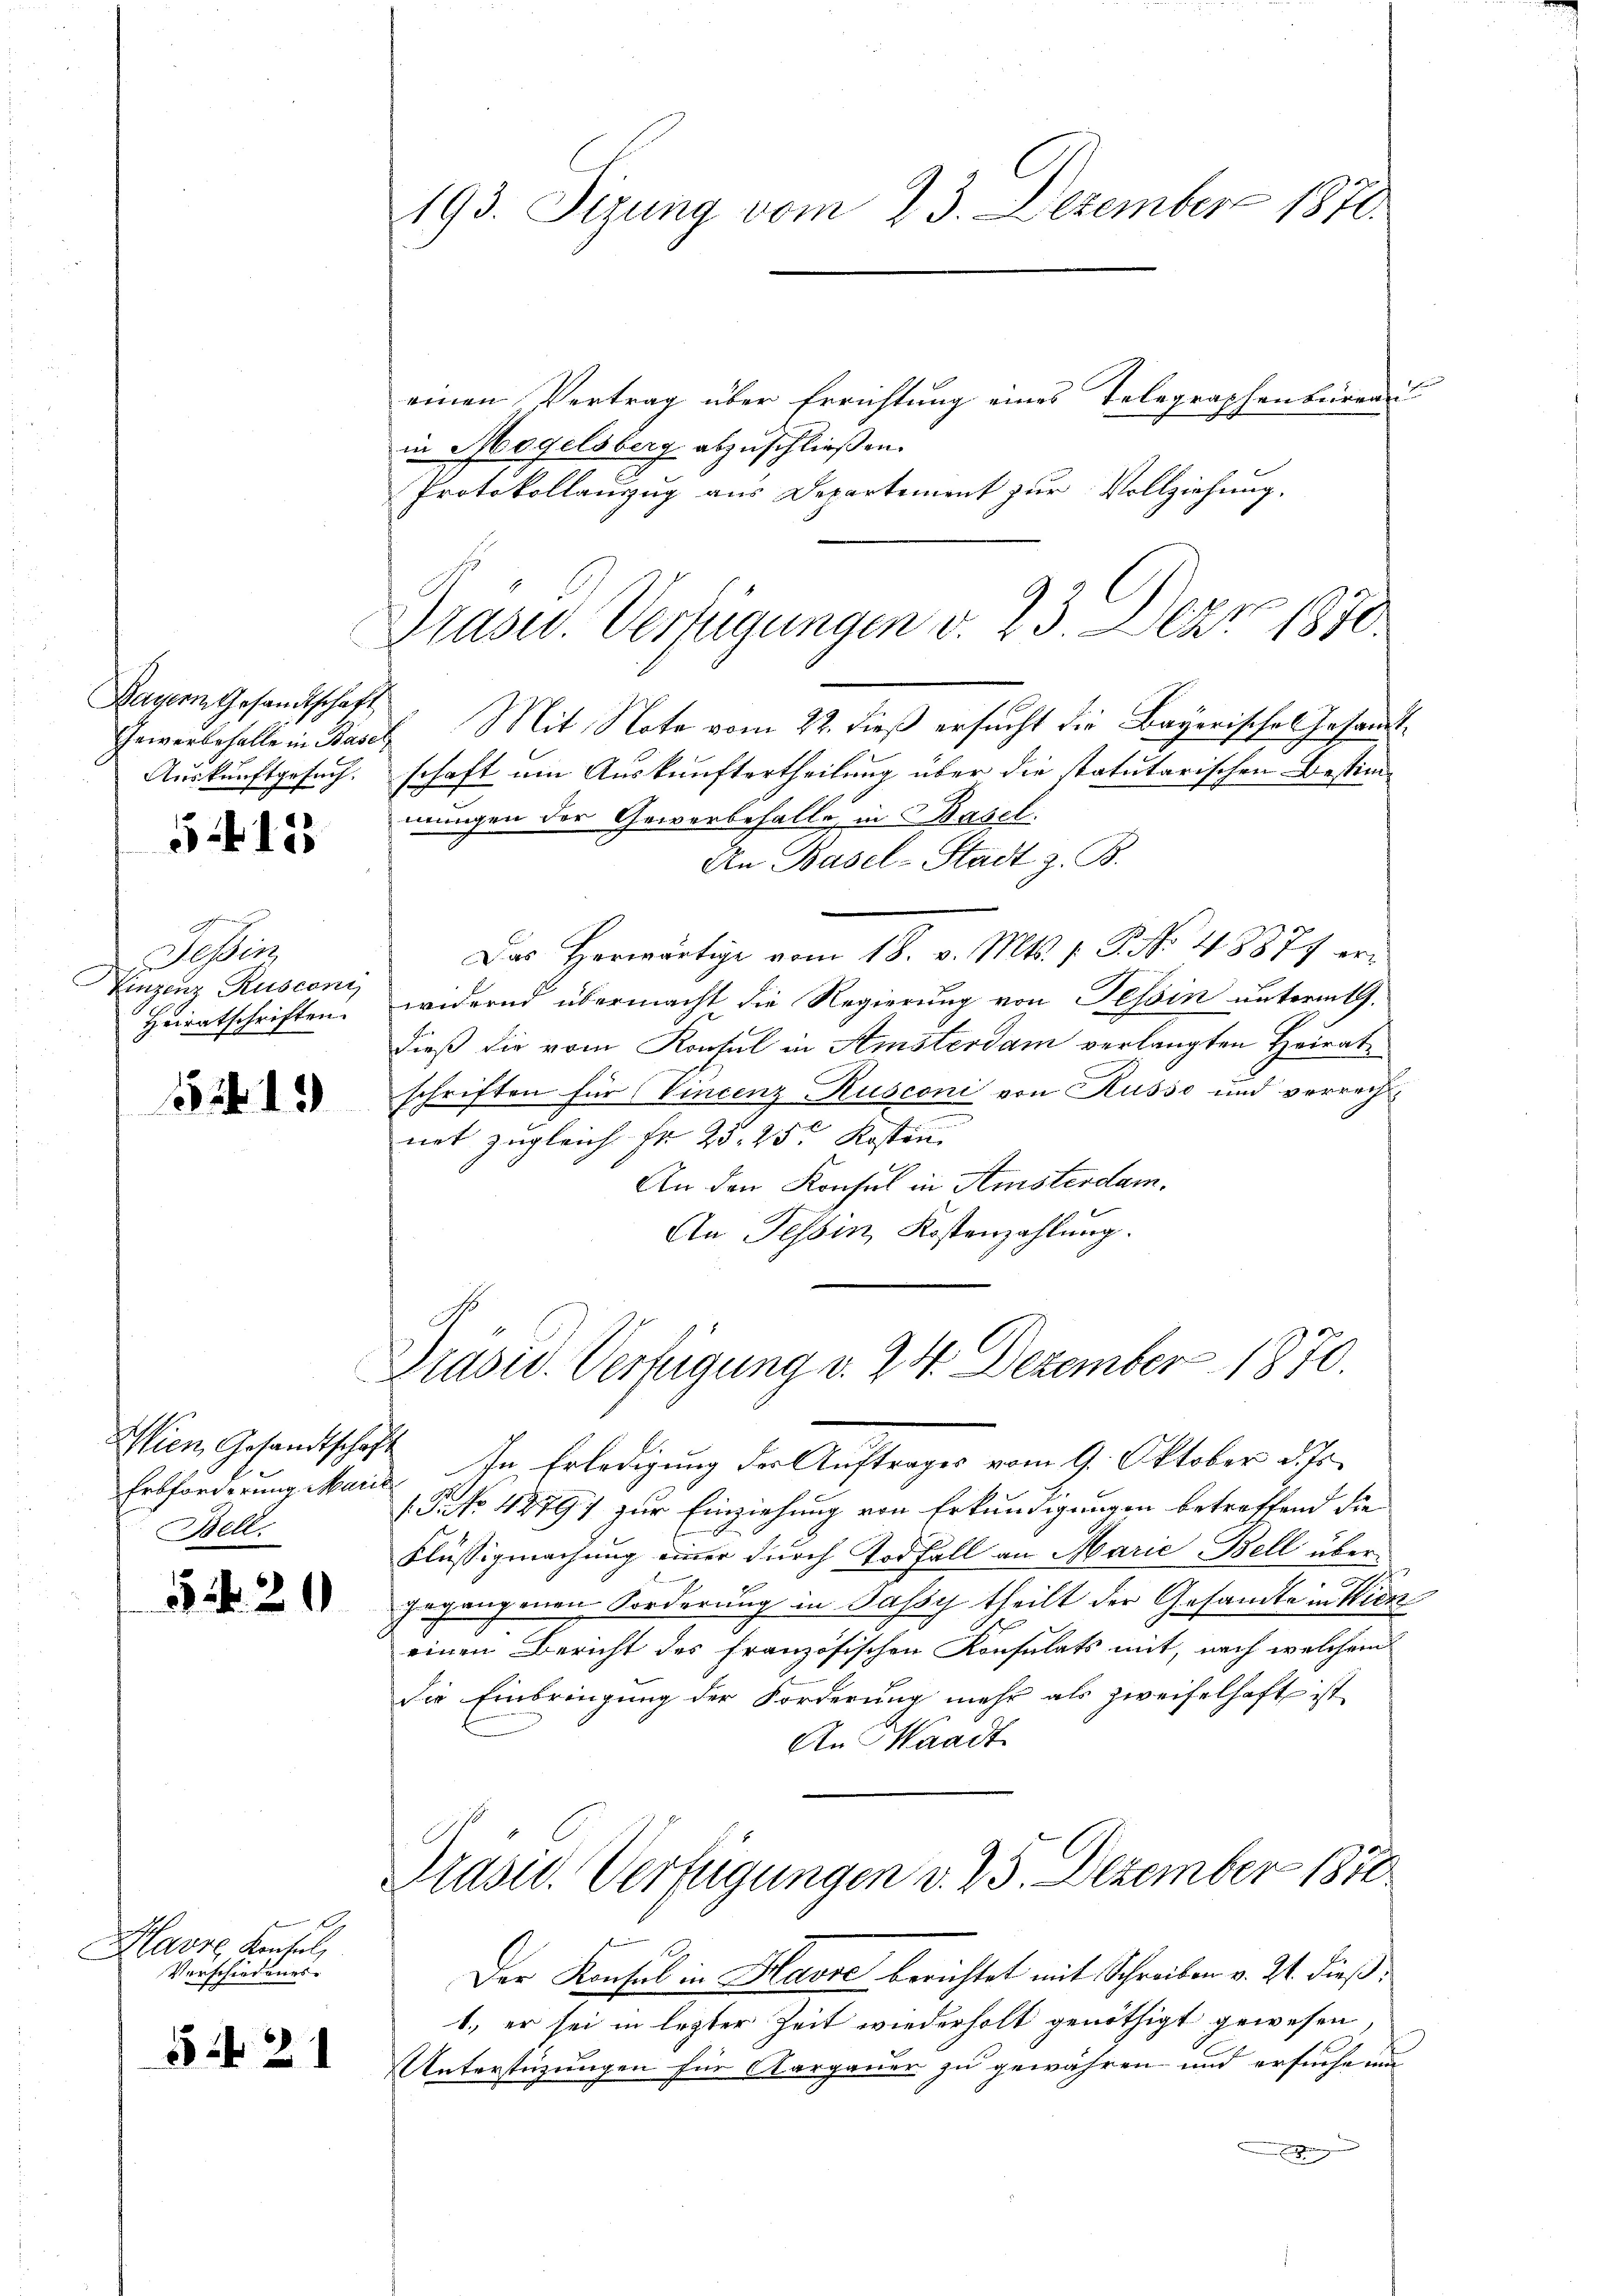
54. 125

dchen
Teßin
Einzenz Rusconi
Heiratschriften.

824. 13

Wien Gesandtschaft
Bell.

54. 20

Havre Kentel,
Vorschiedenes.

521

Bayern Gesandtschaft
Gewerbehalle in Basel,
Auskunftgesuch.

Protokollanzug aus Departement zur Vollziehung.

193. Sizung vom 23. Dezember 1870.
einen Vertrag über Errichtung eines Telegraphenbureau
in Mogelsberg abzuschließen.

Prasur. Verfügungen v. 23. Dez. 1870.

Mit Note vom 22. dieß ersucht die Bayerisches Gesandtschaft um Auskunftertheilung über die tatutarischen Bestimmungen der Gewerbefalle, in Basel.
An Basel-Stadt z. B.
Das herwärtige vom 18. v. Mts. f. P. No 48877 eri
widernd übermacht die Regierung von Tessin unterm 1.
dieß die vom Konsul in Amsterdam verlangten Heirate
schriften für Vincenz-Rusconi von Husso und verrech
net zugleich Fr. 25, 25 Kosten.
An den Konsul in Amsterdam.
An Tessin, Kostenzahlung.

Präsid. Verfügung v. 24. Dezember 1870.

Erbforderung Maria In Erledigung der Auftrages vom 9. Oktober d. Js.
(Pro. 4279) zur Einziehung von Erkundigungen betreffend die
Flüssigmachung einer durch Todfall an Marie Bell übergegangenen Forderung in Bassy theilt der Gesandte in Wien
einen Bericht des französischen Konsulats mit, nach welchem
die Einbringung der Forderung mehr als zweifelhaft ist,
An Waadt
Präsid. Verfügungen v. 25. Dezember 1870
Der Konsul in Hause berichtet mit Schreiben v. 21. dieß:
1., er sei in legter Zeit wiederholt genöthigt gewesen
Unterstüzungen für Aargauer zu gewähren und ersuche nu
.